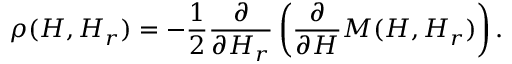
\rho ( H , H _ { r } ) = - \frac { 1 } { 2 } \frac { \partial } { \partial H _ { r } } \left( \frac { \partial } { \partial H } M ( H , H _ { r } ) \right) .